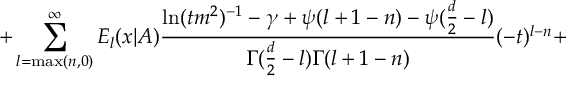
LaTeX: + \sum _ { l = \mathrm { m a x } ( n , 0 ) } ^ { \infty } E _ { l } ( x | A ) \frac { \ln ( t m ^ { 2 } ) ^ { - 1 } - \gamma + \psi ( l + 1 - n ) - \psi ( \frac { d } { 2 } - l ) } { \Gamma ( \frac { d } { 2 } - l ) \Gamma ( l + 1 - n ) } ( - t ) ^ { l - n } +